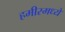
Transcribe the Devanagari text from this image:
हमीरमध्ये